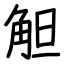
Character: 觛